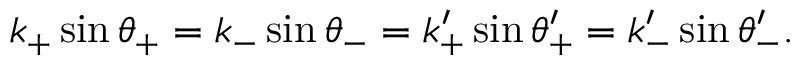
\begin{array} { r } { k _ { + } \sin \theta _ { + } = k _ { - } \sin \theta _ { - } = k _ { + } ^ { \prime } \sin \theta _ { + } ^ { \prime } = k _ { - } ^ { \prime } \sin \theta _ { - } ^ { \prime } . } \end{array}